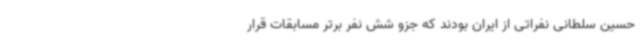
حسین سلطانی نفراتی از ایران بودند که جزو شش نفر برتر مسابقات قرار